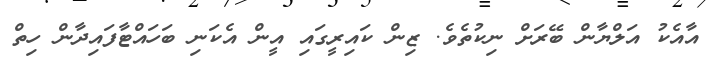
އާއެކު އަލްޔާން ބޭރަށް ނިކުތެވެ. ޒިން ކައިރީގައި އީން އެކަނި ބަހައްޓާފައިދާން ހިތް